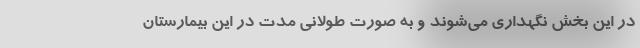
در این بخش نگهداری می‌شوند و به صورت طولانی مدت در این بیمارستان